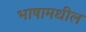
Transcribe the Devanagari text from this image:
भाषामधील